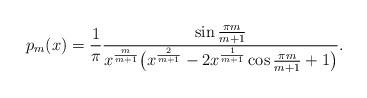
LaTeX: \begin{align*}p_m(x)=\frac{1}{\pi}\frac{\sin\frac{\pi m}{m+1}}{x^{\frac m{m+1}}\big(x^{\frac {2}{m+1}}-2x^{\frac1{m+1}}\cos\frac{\pi m}{m+1}+1\big)}.\end{align*}